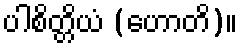
ပါစိတ္တိယံ (ဟောတိ)။